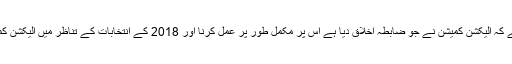
میجر جنرل آصف غفور نے کہا کہ صاف اور شفاف انتخابات کا مطلب ہے کہ الیکشن کمیشن نے جو ضابطہ اخلاق دیا ہے اس پر مکمل طور پر عمل کرنا اور 2018 کے انتخابات کے تناظر میں الیکشن کمیشن نے فوج سے صاف اور شفاف الیکشن کے انعقاد میں مدد مانگی ہے۔